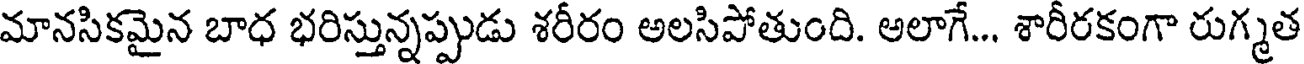
మానసికమైన బాధ భరిస్తున్నప్పుడు శరీరం అలసిపోతుంది. అలాగే... శారీరకంగా రుగ్మత